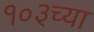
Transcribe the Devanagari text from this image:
१०३च्या